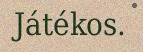
Játékos.